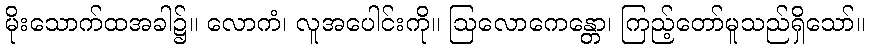
မိုးသောက်ထအခါ၌။ လောကံ၊ လူအပေါင်းကို။ ဩလောကေန္တော၊ ကြည့်တော်မူသည်ရှိသော်။